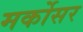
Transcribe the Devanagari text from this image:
मर्कोसर